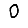
Digit: 0